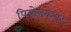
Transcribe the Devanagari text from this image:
पियोनकेयर